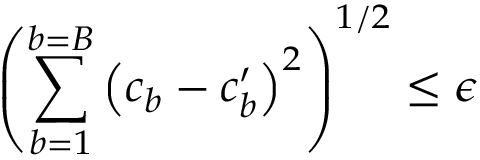
\left( \sum _ { b = 1 } ^ { b = B } \left( c _ { b } - c _ { b } ^ { \prime } \right) ^ { 2 } \right) ^ { 1 / 2 } \leq \epsilon